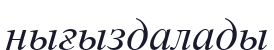
нығыздалады